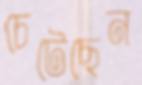
চেটেছেন